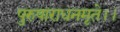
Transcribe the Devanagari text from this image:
पुरुषाराधनमृते।।